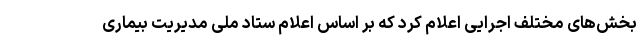
بخش‌های مختلف اجرایی اعلام کرد که بر اساس اعلام ستاد ملی مدیریت بیماری